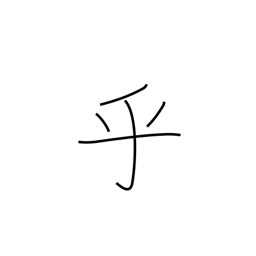
Meaning: question mark